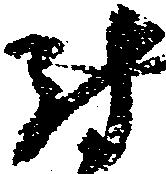
尉